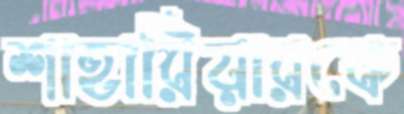
শাহারিয়ারকে